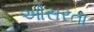
ઓસરતા